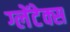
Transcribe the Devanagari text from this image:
ग्लेंटेक्स